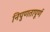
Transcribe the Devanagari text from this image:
निपुणतापूर्ण